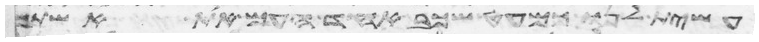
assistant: עשית לנו כמעט שכב אחד העם את אשתך